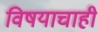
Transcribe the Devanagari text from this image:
विषयाचाही